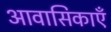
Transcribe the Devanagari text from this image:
आवासिकाएँ